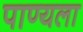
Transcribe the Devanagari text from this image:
पाण्यला